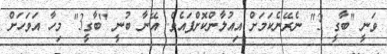
ވަނީ "ބާގީ 3" ނެރޭނެކަމަށް އިއުލާންކޮށްފައެވެ. އޭނާ ބުނީ "ބާގީ3" މިހާ އަވަހަށް